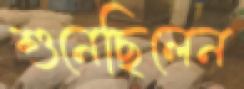
শুনেছিলেন